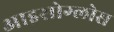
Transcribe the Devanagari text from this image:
आइसोग्लोस